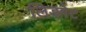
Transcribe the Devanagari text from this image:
लिडगेट